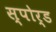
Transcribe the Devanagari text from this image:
स्पोर्ड